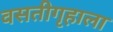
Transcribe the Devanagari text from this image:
वसतीगृहाला